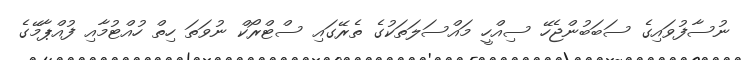
ނުސާފުވައިގެ ސަބަބުންޖެހޭ ސިއްހީ މައްސަލަތަކުގެ ތެރޭގައި ސްޓްރޯކް ނުވަތަ ހިތް ހުއްޓުމާއި ފުއްޕާމޭގެ